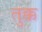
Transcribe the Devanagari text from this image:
तुक्क